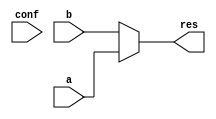
module slice(input [1:0] conf,
             input  a,
             input b,
             output res);


   reg [1:0]        conf_reg;

   assign res = conf_reg[1] ? a : b;


endmodule // slice